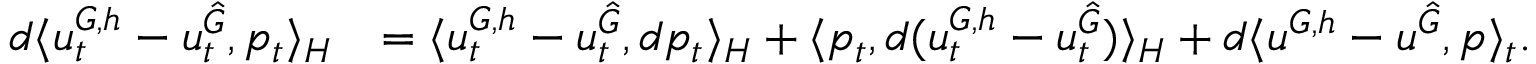
\begin{array} { r l } { d \langle u _ { t } ^ { G , h } - u _ { t } ^ { \hat { G } } , p _ { t } \rangle _ { H } } & { = \langle u _ { t } ^ { G , h } - u _ { t } ^ { \hat { G } } , d p _ { t } \rangle _ { H } + \langle p _ { t } , d ( u _ { t } ^ { G , h } - u _ { t } ^ { \hat { G } } ) \rangle _ { H } + d \langle u ^ { G , h } - u ^ { \hat { G } } , p \rangle _ { t } . } \end{array}